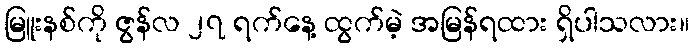
မြူးနစ်ကို ဇွန်လ ၂၇ ရက်နေ့ ထွက်မဲ့ အမြန်ရထား ရှိပါသလား။